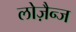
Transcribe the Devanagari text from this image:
लोज़ैन्ज